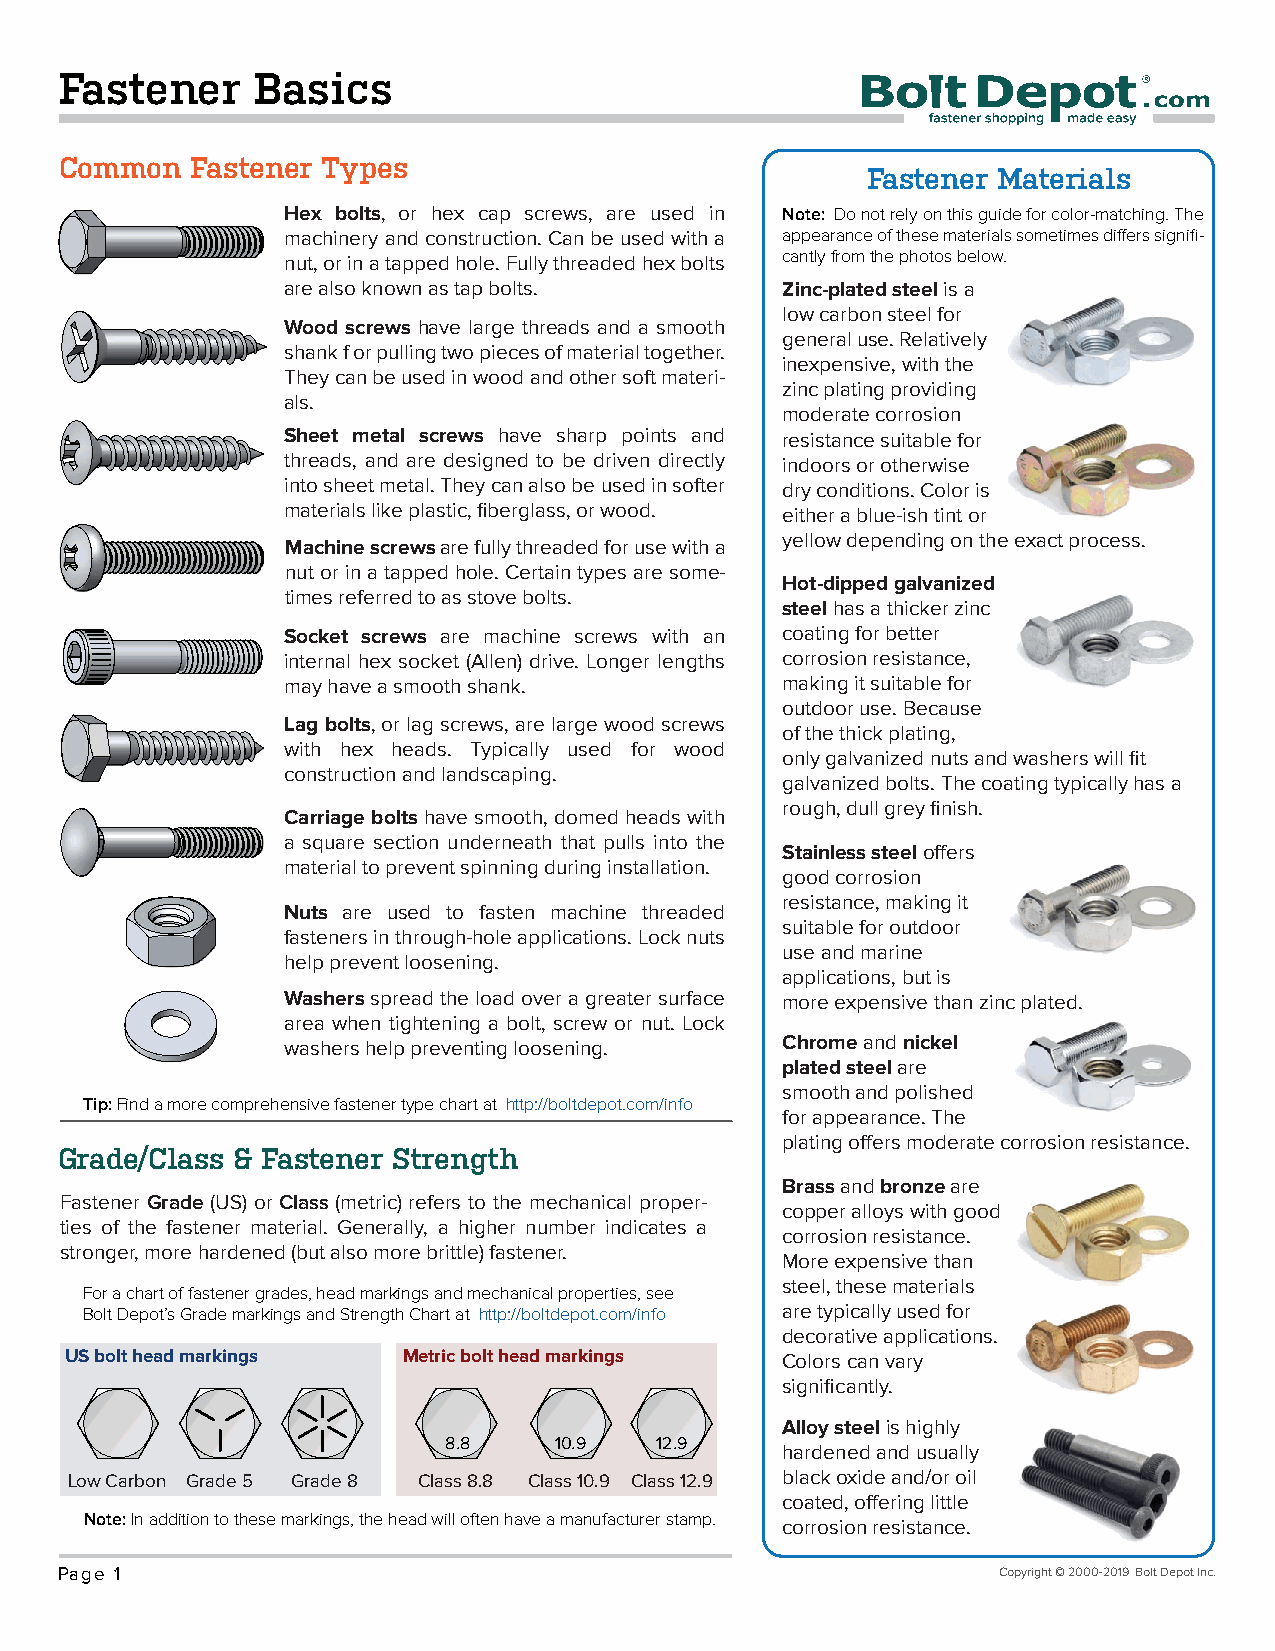
Fastener     Basics
 Common   Fastener Types
 Fastener Materials
 Hex bolts, or hex cap screws, are used in Note: Do not rely on this guide for color-matching. The
 machinery and construction. Can be used with a appearance of these materials sometimes differs signifi-
 nut, or in a tapped hole. Fully threaded hex bolts cantly from the photos below.
 are also known as tap bolts.     Zinc-plated steel is a
 low carbon steel for
 Wood screws have large threads and a smooth
 general use. Relatively
 shank f or pulling two pieces of material together.
 inexpensive, with the
 They can be used in wood and other soft materi-
 zinc plating providing
 als.
 moderate corrosion
 Sheet metal screws have sharp points and resistance suitable for
 threads, and are designed to be driven directly indoors or otherwise
 into sheet metal. They can also be used in softer dry conditions. Color is
 materials like plastic, fiberglass, or wood. either a blue-ish tint or
 yellow depending on the exact process.
 Machine screws are fully threaded for use with a
 nut or in a tapped hole. Certain types are some-
 Hot-dipped galvanized
 times referred to as stove bolts.
 steel has a thicker zinc
 Socket screws are machine screws with an coating for better
 internal hex socket (Allen) drive. Longer lengths corrosion resistance,
 may have a smooth shank.         making it suitable for
 outdoor use. Because
 Lag bolts, or lag screws, are large wood screws
 of the thick plating,
 with hex heads. Typically used for wood
 only galvanized nuts and washers will fit
 construction and landscaping.
 galvanized bolts. The coating typically has a
 rough, dull grey finish.
 Carriage bolts have smooth, domed heads with
 a square section underneath that pulls into the
 Stainless steel offers
 material to prevent spinning during installation.
 good corrosion
 resistance, making it
 Nuts are used to fasten machine threaded
 suitable for outdoor
 fasteners in through-hole applications. Lock nuts
 use and marine
 help prevent loosening.
 applications, but is
 Washers spread the load over a greater surface more expensive than zinc plated.
 area when tightening a bolt, screw or nut. Lock
 washers help preventing loosening. Chrome and nickel
 plated steel are
 smooth and polished
 Tip: Find a more comprehensive fastener type chart at http://boltdepot.com/info
 for appearance. The
 plating offers moderate corrosion resistance.
 Grade/Class & Fastener Strength
 Brass and bronze are
 Fastener Grade (US) or Class (metric) refers to the mechanical proper-
 copper alloys with good
 ties of the fastener material. Generally, a higher number indicates a
 corrosion resistance.
 stronger, more hardened (but also more brittle) fastener.
 More expensive than
 steel, these materials
 For a chart of fastener grades, head markings and mechanical properties, see
 Bolt Depot’s Grade markings and Strength Chart at http://boltdepot.com/info are typically used for
 decorative applications.
 US bolt head markings  Metric bolt head markings Colors can vary
 significantly.
 Alloy steel is highly
 8.8     10.9  12.9
 hardened and usually
 Low Carbon Grade 5 Grade 8 Class 8.8 Class 10.9 Class 12.9 black oxide and/or oil
 coated, offering little
 Note: In addition to these markings, the head will often have a manufacturer stamp. corrosion resistance.
 Page 1                                                        Copyright © 2000-2019 Bolt Depot Inc.